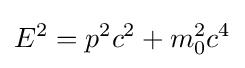
E^{2}=p^{2}c^{2}+m_{0}^{2}c^{4}